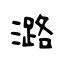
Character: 潞